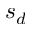
s _ { d }